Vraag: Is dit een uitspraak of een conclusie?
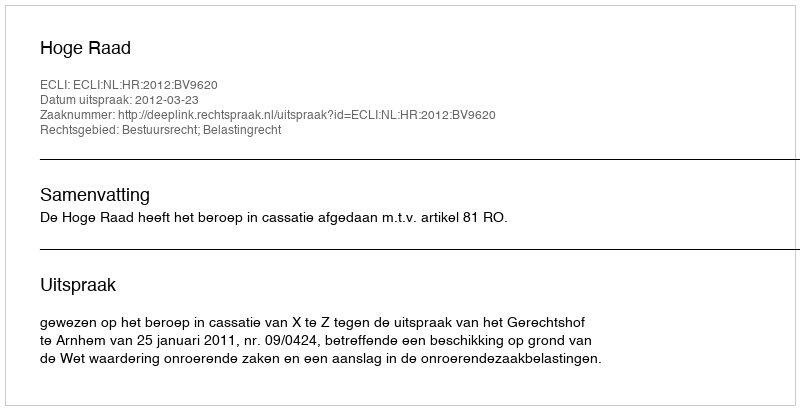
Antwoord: Uitspraak